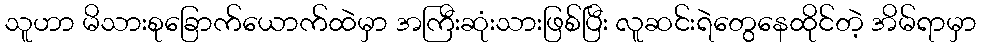
သူဟာ မိသားစုခြောက်ယောက်ထဲမှာ အကြီးဆုံးသားဖြစ်ပြီး လူဆင်းရဲတွေနေထိုင်တဲ့ အိမ်ရာမှာ